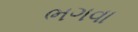
ભગવા